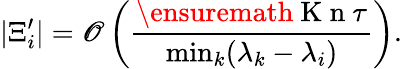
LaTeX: \vert\Xi_{i}^{\prime}\vert=\mathscr{O}\left(\frac{{\ensuremath{{\mathrm{{~K~n~}}}}\tau}}{{\operatorname*{min}_{k}(\lambda_{k}-\lambda_{i})}}\right).